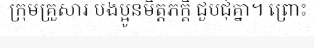
ក្រុមគ្រួសារ បងប្អូនមិត្តភក្តិ ជួបជុំគ្នា។ ព្រោះ